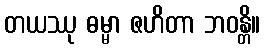
တယဿု ဓမ္မာ ဇဟိတာ ဘဝန္တိ။